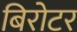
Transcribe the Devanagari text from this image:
बिरोटर